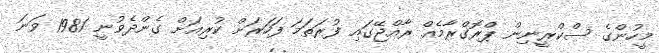
މީހުންގެ ސްކްރީނިން ޕްރޮގްރާމެއް ރާއްޖޭގައި ފުރަތަަމަ ފަހަރަށް ކުރިއަށް ގެންދެވުނީ 1981 ވަނަ